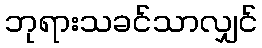
ဘုရားသခင်သာလျှင်